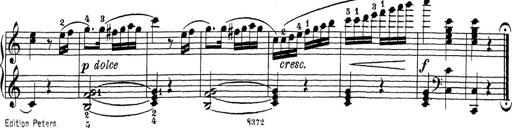
Title: Sonatina Album
Composer: Louis KÃ¶hler